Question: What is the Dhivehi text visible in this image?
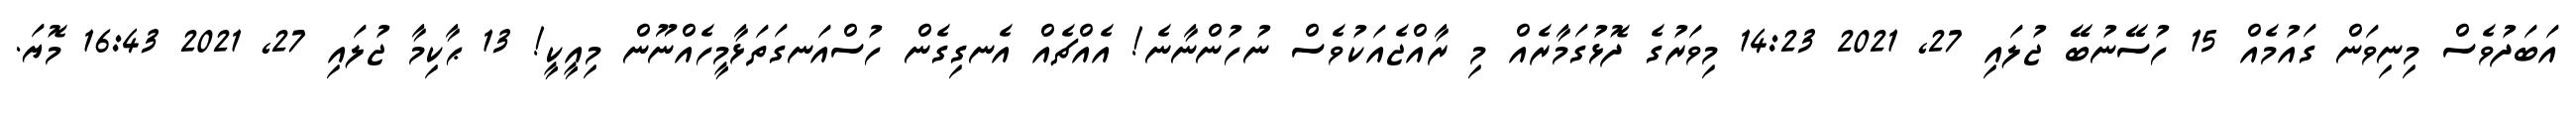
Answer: އަބަދުވެސް މިނިވަން ގައުމެއް 15 ހުސޭނުބޭ ޖުލައި 27, 2021 14:23 މިވަރުގެ ދޮޅުގަމާރެއް މި ރާއްޖެއަކުވެސް ނުހުންނާނެ! އެއްޗެއް އެނގިގެން ހުސްއަނގަތަޅާމީހެއްނޫން މިއީކީ! 13 ޙާކިމާ ޖުލައި 27, 2021 16:43 މޮޔަ.